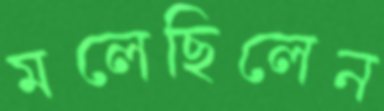
মলেছিলেন